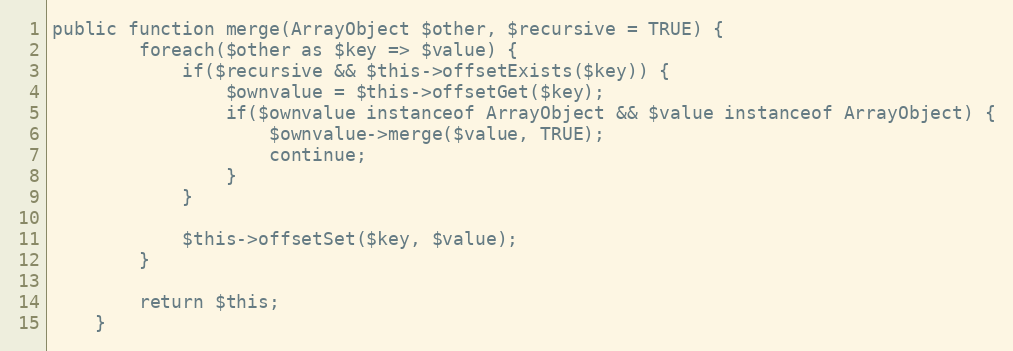
Language: PHP
public function merge(ArrayObject $other, $recursive = TRUE) {
        foreach($other as $key => $value) {
            if($recursive && $this->offsetExists($key)) {
                $ownvalue = $this->offsetGet($key);
                if($ownvalue instanceof ArrayObject && $value instanceof ArrayObject) {
                    $ownvalue->merge($value, TRUE);
                    continue;
                }
            }

            $this->offsetSet($key, $value);
        }

        return $this;
    }